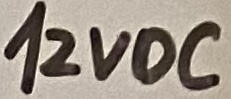
Text: 12VDC